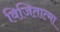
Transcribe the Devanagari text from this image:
विजितात्मा